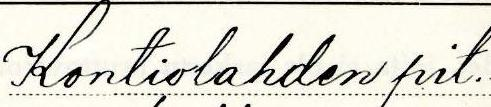
Kontiolahden pit.